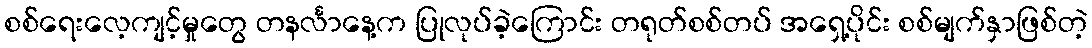
စစ်ရေးလေ့ကျင့်မှုတွေ တနင်္လာနေ့က ပြုလုပ်ခဲ့ကြောင်း တရုတ်စစ်တပ် အရှေ့ပိုင်း စစ်မျက်နှာဖြစ်တဲ့